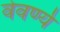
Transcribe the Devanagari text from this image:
वेवर्ण्य